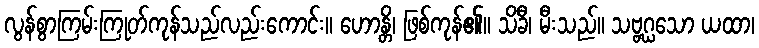
လွန်စွာကြမ်းကြုတ်ကုန်သည်လည်းကောင်း။ ဟောန္တိ၊ ဖြစ်ကုန်၏။ သိခီ၊ မီးသည်။ သဗ္ဗဂ္ဃသော ယထာ၊